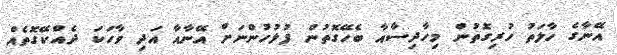
އޭނާގެ ހާލަތު ހުރިގޮތުން މިހާދިސާއާ ބެހޭގޮތުން ފުލުހުންނަށް އޭނާއާ އަދި ވާހަކަ ދެއްކޭގޮތެއް